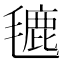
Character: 𪵡